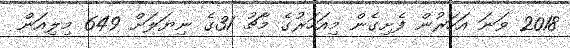
2018 ވަނަ އަހަރުން ފެށިގެން މިއަހަރުގެ މާޗު 31ގެ ނިޔަލަށް 649 މިލިއަން